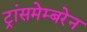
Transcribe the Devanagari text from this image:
ट्रांसमेम्बरेन